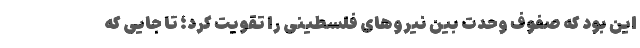
این بود که صفوف وحدت بین نیروهای فلسطینی را تقویت کرد؛ تا جایی که